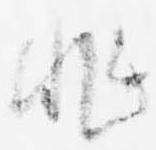
非